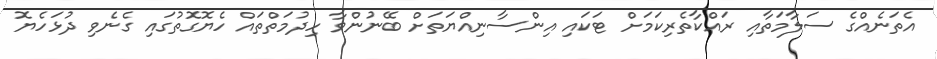
އެތަނެއްގެ ސަލާމަތާއި ރައްކާތެރިކަމަށް ޓަކައި އިންސާނިއްޔަތަށް ބޭނުންވާ ހިދުމަތްތައް ހެޔޮގޮތުގައި ގެނެވި ދުޅަހެޔޮ